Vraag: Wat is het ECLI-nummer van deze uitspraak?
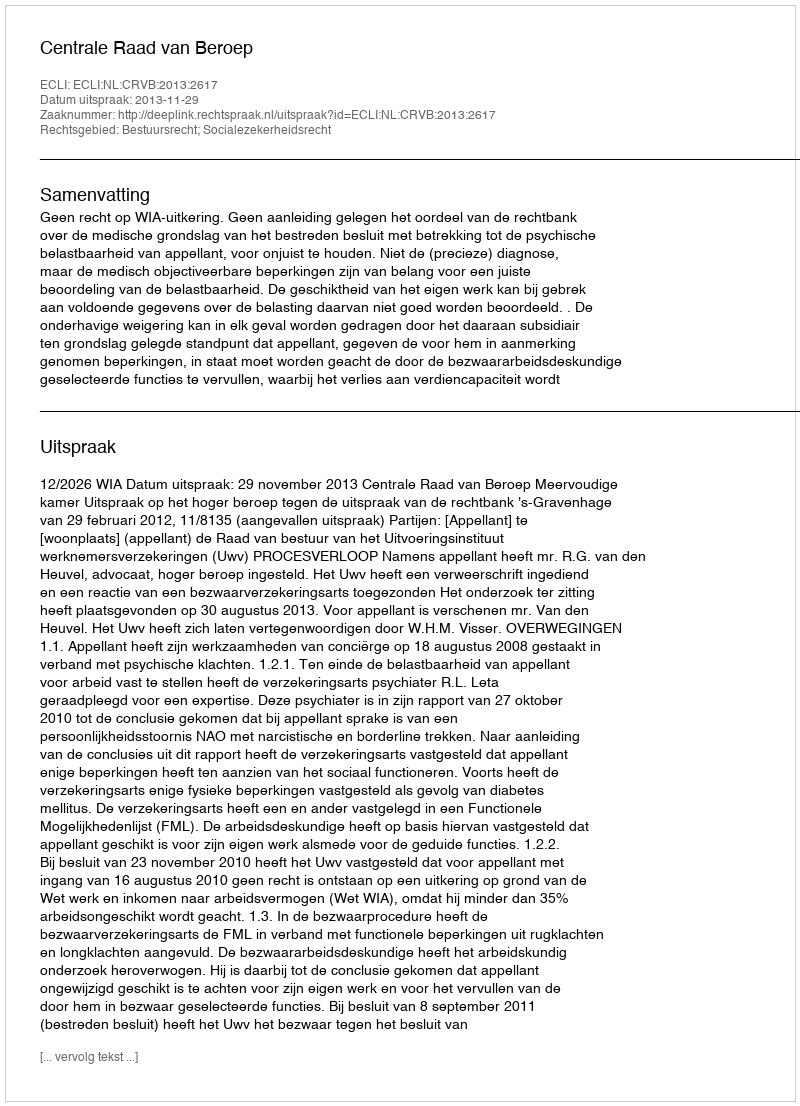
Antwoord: ECLI:NL:CRVB:2013:2617